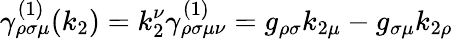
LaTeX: \gamma_{\rho\sigma\mu}^{(1)}(k_{2})=k_{2}^{\nu}\gamma_{\rho\sigma\mu\nu}^{(1)}=g_{\rho\sigma}k_{2\mu}-g_{\sigma\mu}k_{2\rho}